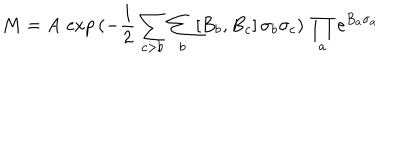
M = A \, \exp \, ( - \frac { 1 } { 2 } \sum _ { c > b } \sum _ { b } [ B _ { b } , B _ { c } ] \, \sigma _ { b } \sigma _ { c } ) \, \prod _ { a } \mathrm { e } ^ { B _ { a } \sigma _ { a } }